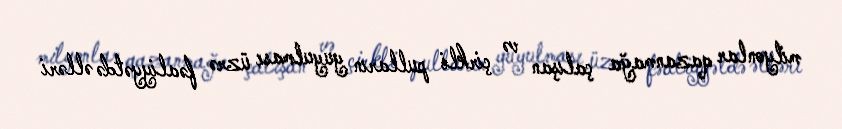
milyonlar qazanmağa çalışan və çirkli pulların yuyulması üzrə fəaliyyətdə əlləri